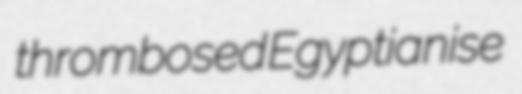
thrombosed Egyptianise